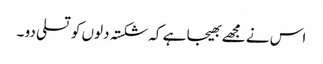
اس نے مجھے بھیجا ہے کہ شکستہ دلوں کو تسلی دو ۔